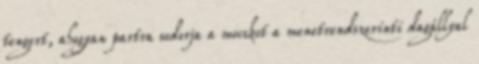
tengert, ahogyan partra sodorja a mocskot a menetrendszerinti dagállyal